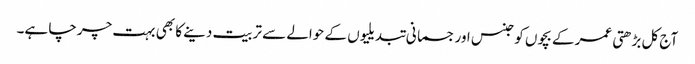
آج کل بڑھتی عمر کے بچوں کو جنس اور جسمانی تبدیلیوں کے حوالے سے تربیت دینے کا بھی بہت چرچا ہے۔